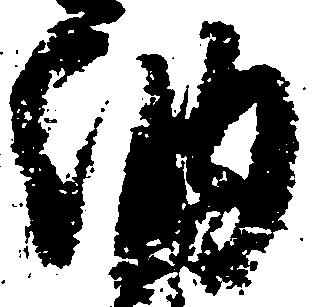
納